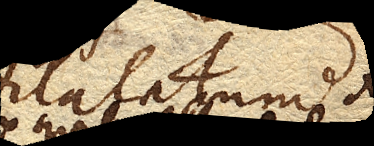
illinc dilatatum.